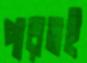
পারতই